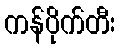
ကန်ပိုက်တီး